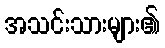
အသင်းသားများ၏